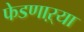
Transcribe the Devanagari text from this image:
फेडणाऱ्या